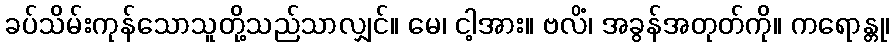
ခပ်သိမ်းကုန်သောသူတို့သည်သာလျှင်။ မေ၊ ငါ့အား။ ဗလိံ၊ အခွန်အတုတ်ကို။ ကရောန္တု၊